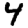
Digit: 4